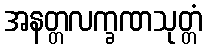
အနတ္တလက္ခဏသုတ္တံ